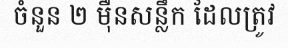
ចំនួន ២ ម៉ឺនសន្លឹក ដែលត្រូវ